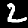
Digit: 2